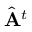
\hat { \mathbf { A } } ^ { t }